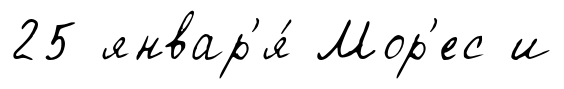
25 январ'я́ Мор'ес и